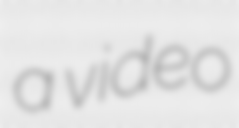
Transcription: a video